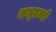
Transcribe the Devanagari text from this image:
कत्र्तव्यों